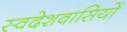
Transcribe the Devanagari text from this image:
स्वदेशवासियों